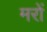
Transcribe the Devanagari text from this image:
मरों